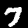
Digit: 7